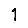
Digit: 1